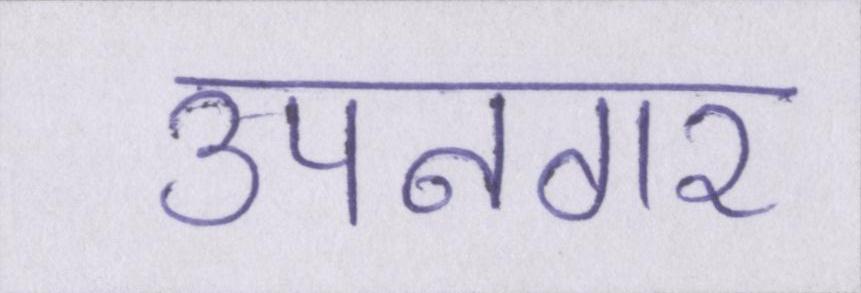
उपनगर